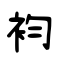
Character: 袀